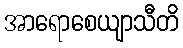
အာရောစေယျာသီတိ